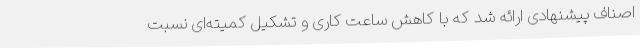
اصناف پیشنهادی ارائه شد که با کاهش ساعت کاری و تشکیل کمیته‌ای نسبت